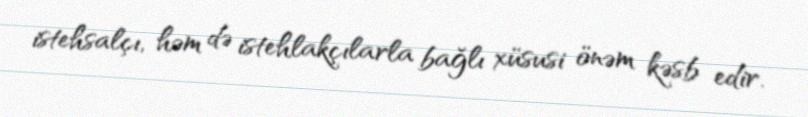
istehsalçı, həm də istehlakçılarla bağlı xüsusi önəm kəsb edir.